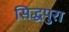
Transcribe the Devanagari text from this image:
सिद्धपुरा